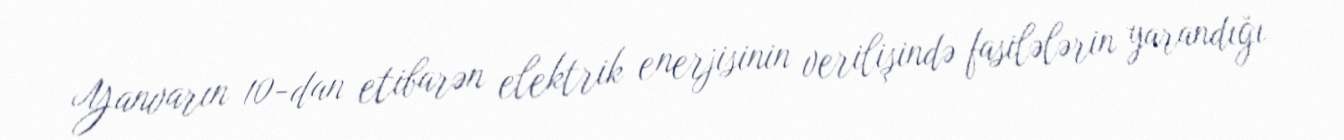
Yanvarın 10-dan etibarən elektrik enerjisinin verilişində fasilələrin yarandığı